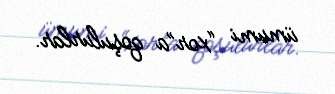
ümumi “xor”a qoşulurlar.